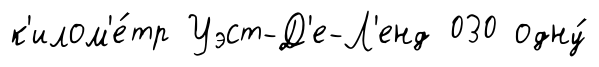
к'илом'е́тр Уэст-Д'е-Л'енд 030 одну́